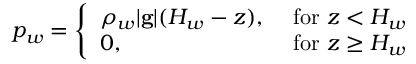
\begin{array} { r } { p _ { w } = \left\{ \begin{array} { l l } { \rho _ { w } | \mathbf { g } | ( H _ { w } - z ) , \ } & { \mathrm { f o r } \ z < H _ { w } } \\ { 0 , } & { \mathrm { f o r } \ z \geq H _ { w } } \end{array} \right. } \end{array}